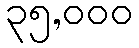
၃၅,၀၀၀